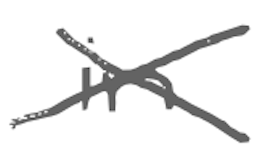
Text: in
Cross-out: cross
Writing tool: digital_gray